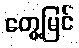
တွေ့မြင်